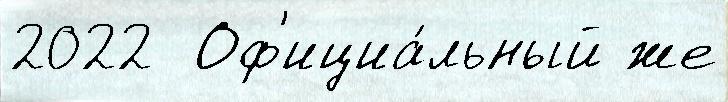
2022  Оф'ициа́льный же